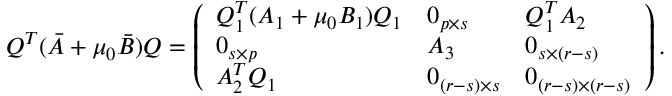
\begin{array} { r } { Q ^ { T } ( \bar { A } + \mu _ { 0 } \bar { B } ) Q = \left( \begin{array} { l l l } { Q _ { 1 } ^ { T } ( A _ { 1 } + \mu _ { 0 } B _ { 1 } ) Q _ { 1 } } & { 0 _ { p \times s } } & { Q _ { 1 } ^ { T } A _ { 2 } } \\ { 0 _ { s \times p } } & { A _ { 3 } } & { 0 _ { s \times ( r - s ) } } \\ { A _ { 2 } ^ { T } Q _ { 1 } } & { 0 _ { ( r - s ) \times s } } & { 0 _ { ( r - s ) \times ( r - s ) } } \end{array} \right) . } \end{array}